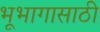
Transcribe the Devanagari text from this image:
भूभागासाठी